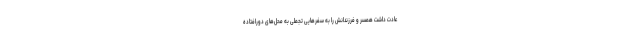
عادت داشت همسر و فرزندانش را به سفرهایی تجملی به محل‌های دورافتاده